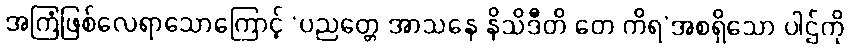
အကြံဖြစ်လေရာသောကြောင့် ‘ပညတ္တေ အာသနေ နိသိဒီတိ တေ ကိရ’အစရှိသော ပါဌ်ကို